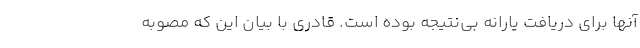
آنها برای دریافت یارانه بی‌نتیجه بوده است. قادری با بیان این که مصوبه